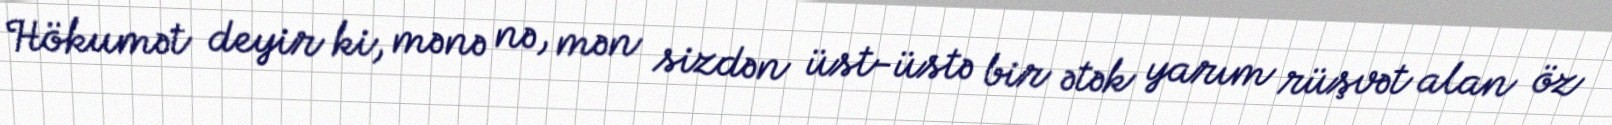
Hökumət deyir ki, mənə nə, mən sizdən üst-üstə bir ətək yarım rüşvət alan öz